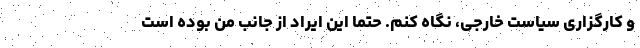
و کارگزاری سیاست خارجی، نگاه کنم. حتما این ایراد از جانب من بوده است